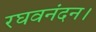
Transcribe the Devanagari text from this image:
रघवनंदन।